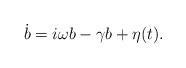
LaTeX: \begin{align*}\dot{b} = i \omega b - \gamma b +\eta (t). \end{align*}